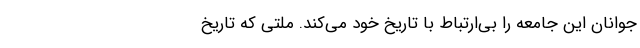
جوانان این جامعه را بی‌ارتباط با تاریخ خود می‌کند. ملتی که تاریخ